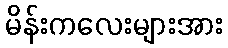
မိန်းကလေးများအား